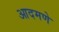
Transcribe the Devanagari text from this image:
आदमणे